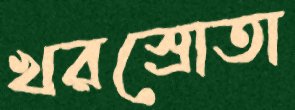
খরস্রোতা